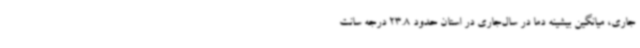
جاری، میانگین بیشینه دما در سال‌جاری در استان حدود 23.8 درجه سانت